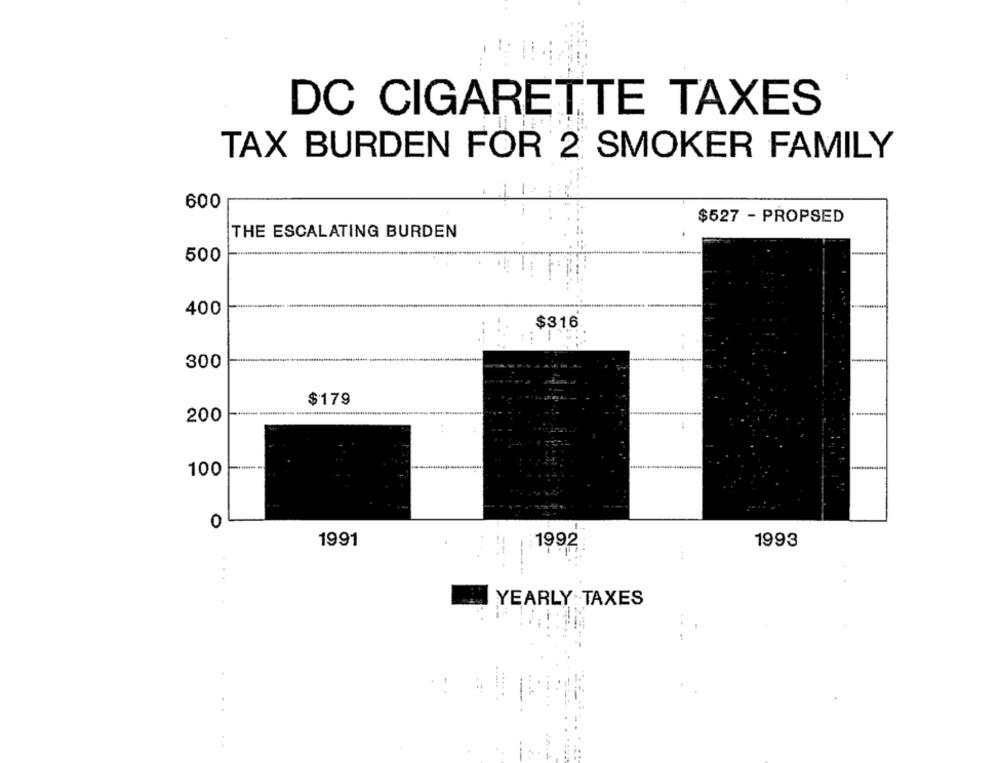
DC CIGARETTE TAXES
TAX BURDEN FOR 2 SMOKER FAMILY
600
$527 - PROPSED
THE ESCALATING BURDEN
500
400
$316
300
$179
200
100
0
1991
1992
1993
...
YEARLY TAXES